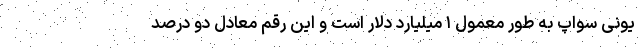
یونی سواپ به طور معمول ۱ میلیارد دلار است و این رقم معادل دو درصد